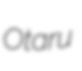
Otaru